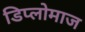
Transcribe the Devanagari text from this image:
डिप्लोमाज